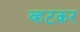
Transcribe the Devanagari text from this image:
व्हटकर